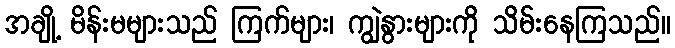
အချို့ မိန်းမများသည် ကြက်များ၊ ကျွဲနွားများကို သိမ်းနေကြသည်။